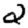
Digit: 2